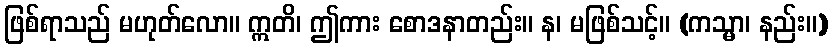
ဖြစ်ရာသည် မဟုတ်လော။ ဣတိ၊ ဤကား စောဒနာတည်း။ န၊ မဖြစ်သင့်။ (ကသ္မာ၊ နည်း။)